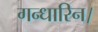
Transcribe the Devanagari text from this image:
गन्धारिन।